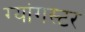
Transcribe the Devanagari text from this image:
ग्यांगस्टर